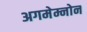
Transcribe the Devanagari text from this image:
अगमेम्नोन